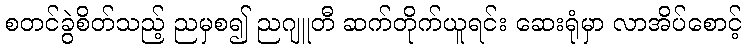
စတင်ခွဲစိတ်သည့် ညမှစ၍ ညဂျူတီ ဆက်တိုက်ယူရင်း ဆေးရုံမှာ လာအိပ်စောင့်